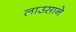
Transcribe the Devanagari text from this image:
लाउसाने